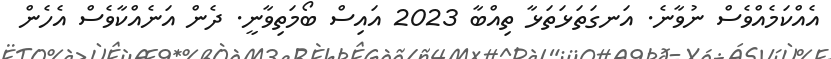
އެއްކަމެއްވެސް ނުވާނެ. އަނގަތަޅަތަޅާ ތިއްބާ 2023 އައިސް ބޯމަތިވާނީ. ދެން އަނެއްކާވެސް އެހެން